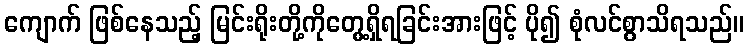
ကျောက် ဖြစ်နေသည့် မြင်းရိုးတို့ကိုတွေ့ရှိရခြင်းအားဖြင့် ပို၍ စုံလင်စွာသိရသည်။